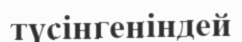
түсінгеніндей